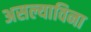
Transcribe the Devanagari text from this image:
असल्याविना